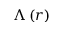
\Lambda \left( r \right)